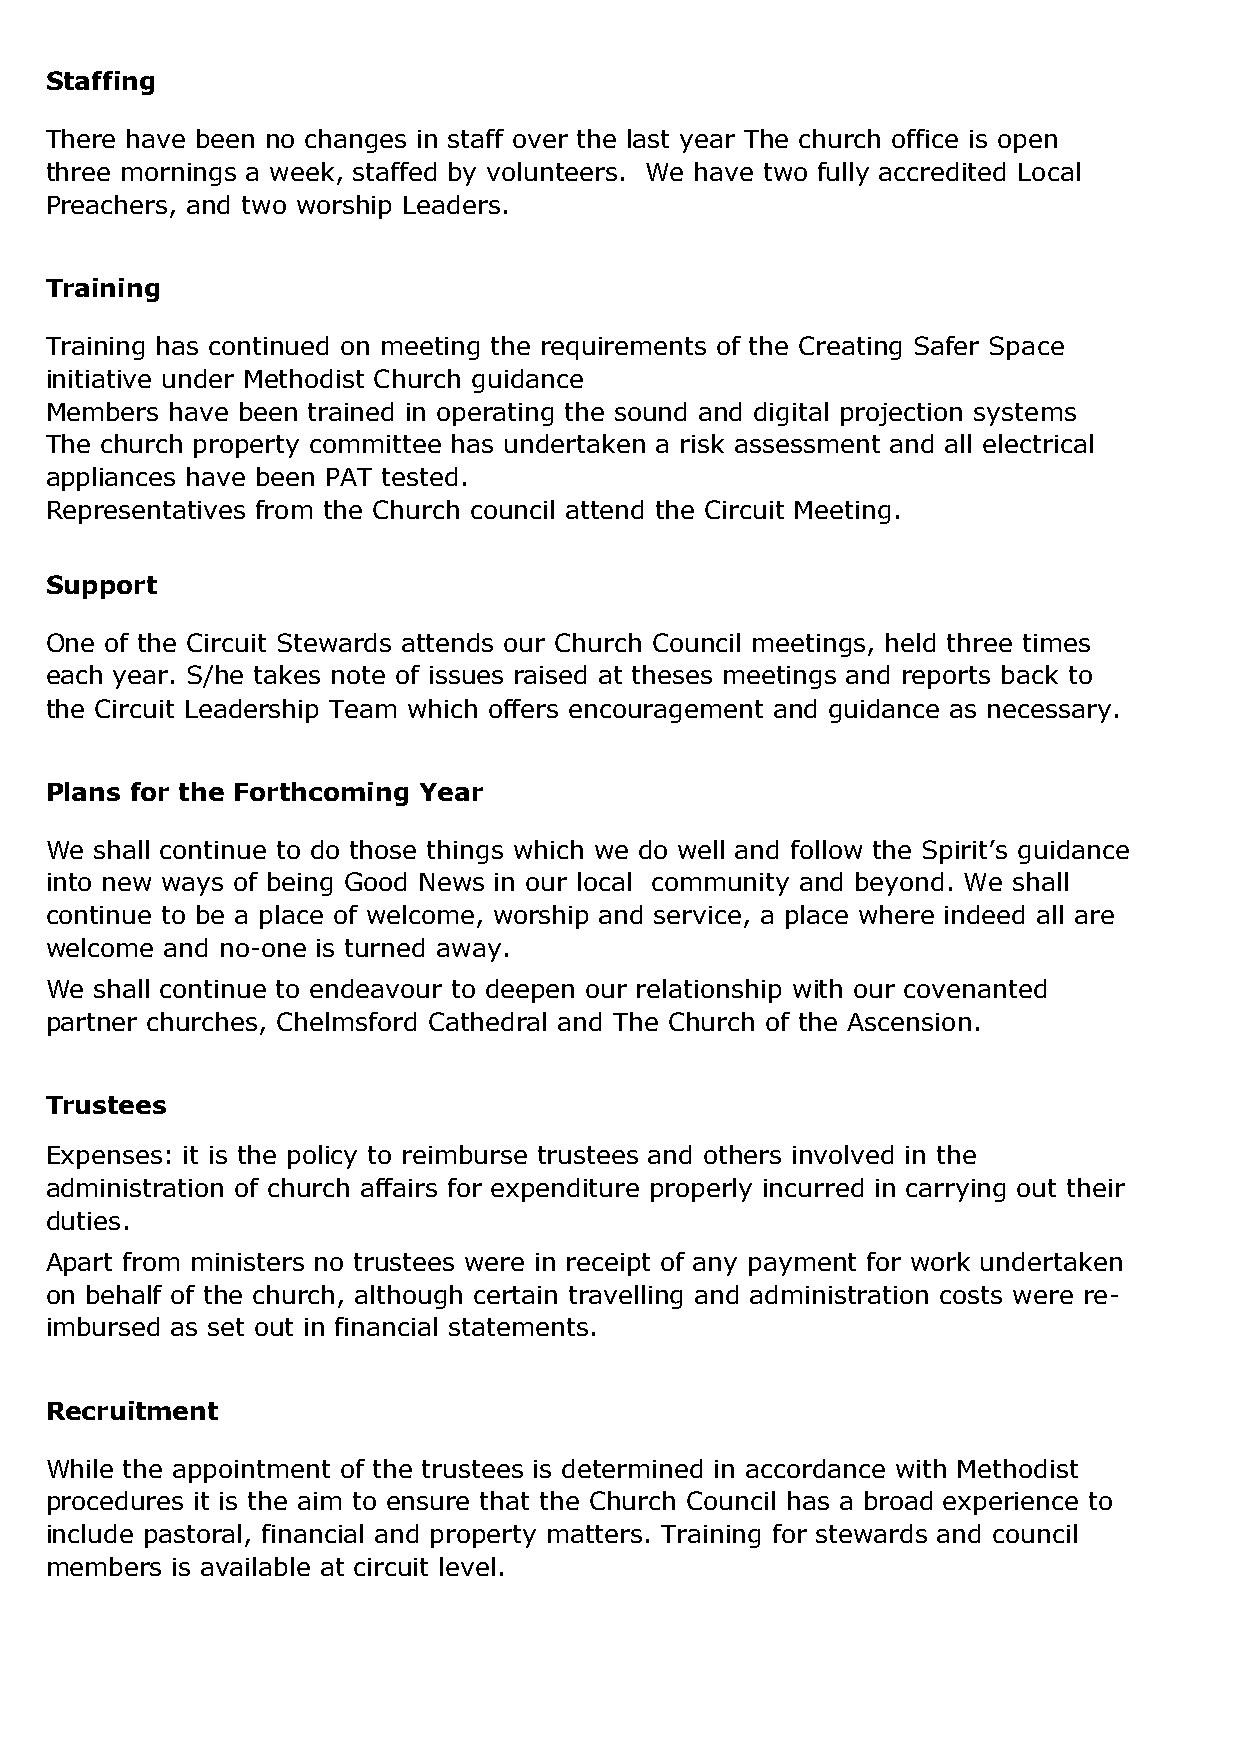
Staffing
 There have been no changes in staff over the last year The church office is open
 three mornings a week, staffed by volunteers. We have two fully accredited Local
 Preachers, and two worship Leaders.
 Training
 Training has continued on meeting the requirements of the Creating Safer Space
 initiative under Methodist Church guidance
 Members have been trained in operating the sound and digital projection systems
 The church property committee has undertaken a risk assessment and all electrical
 appliances have been PAT tested.
 Representatives from the Church council attend the Circuit Meeting.
 Support
 One of the Circuit Stewards attends our Church Council meetings, held three times
 each year. S/he takes note of issues raised at theses meetings and reports back to
 the Circuit Leadership Team which offers encouragement and guidance as necessary.
 Plans for the Forthcoming Year
 We shall continue to do those things which we do well and follow the Spirit’s guidance
 into new ways of being Good News in our local community and beyond. We shall
 continue to be a place of welcome, worship and service, a place where indeed all are
 welcome and no-one is turned away.
 We shall continue to endeavour to deepen our relationship with our covenanted
 partner churches, Chelmsford Cathedral and The Church of the Ascension.
 Trustees
 Expenses: it is the policy to reimburse trustees and others involved in the
 administration of church affairs for expenditure properly incurred in carrying out their
 duties.
 Apart from ministers no trustees were in receipt of any payment for work undertaken
 on behalf of the church, although certain travelling and administration costs were re-
 imbursed as set out in financial statements.
 Recruitment
 While the appointment of the trustees is determined in accordance with Methodist
 procedures it is the aim to ensure that the Church Council has a broad experience to
 include pastoral, financial and property matters. Training for stewards and council
 members is available at circuit level.